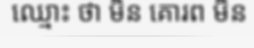
ឈ្មោះ ថា មិន គោរព មិន